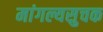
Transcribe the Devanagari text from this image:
मांगल्यसुचक